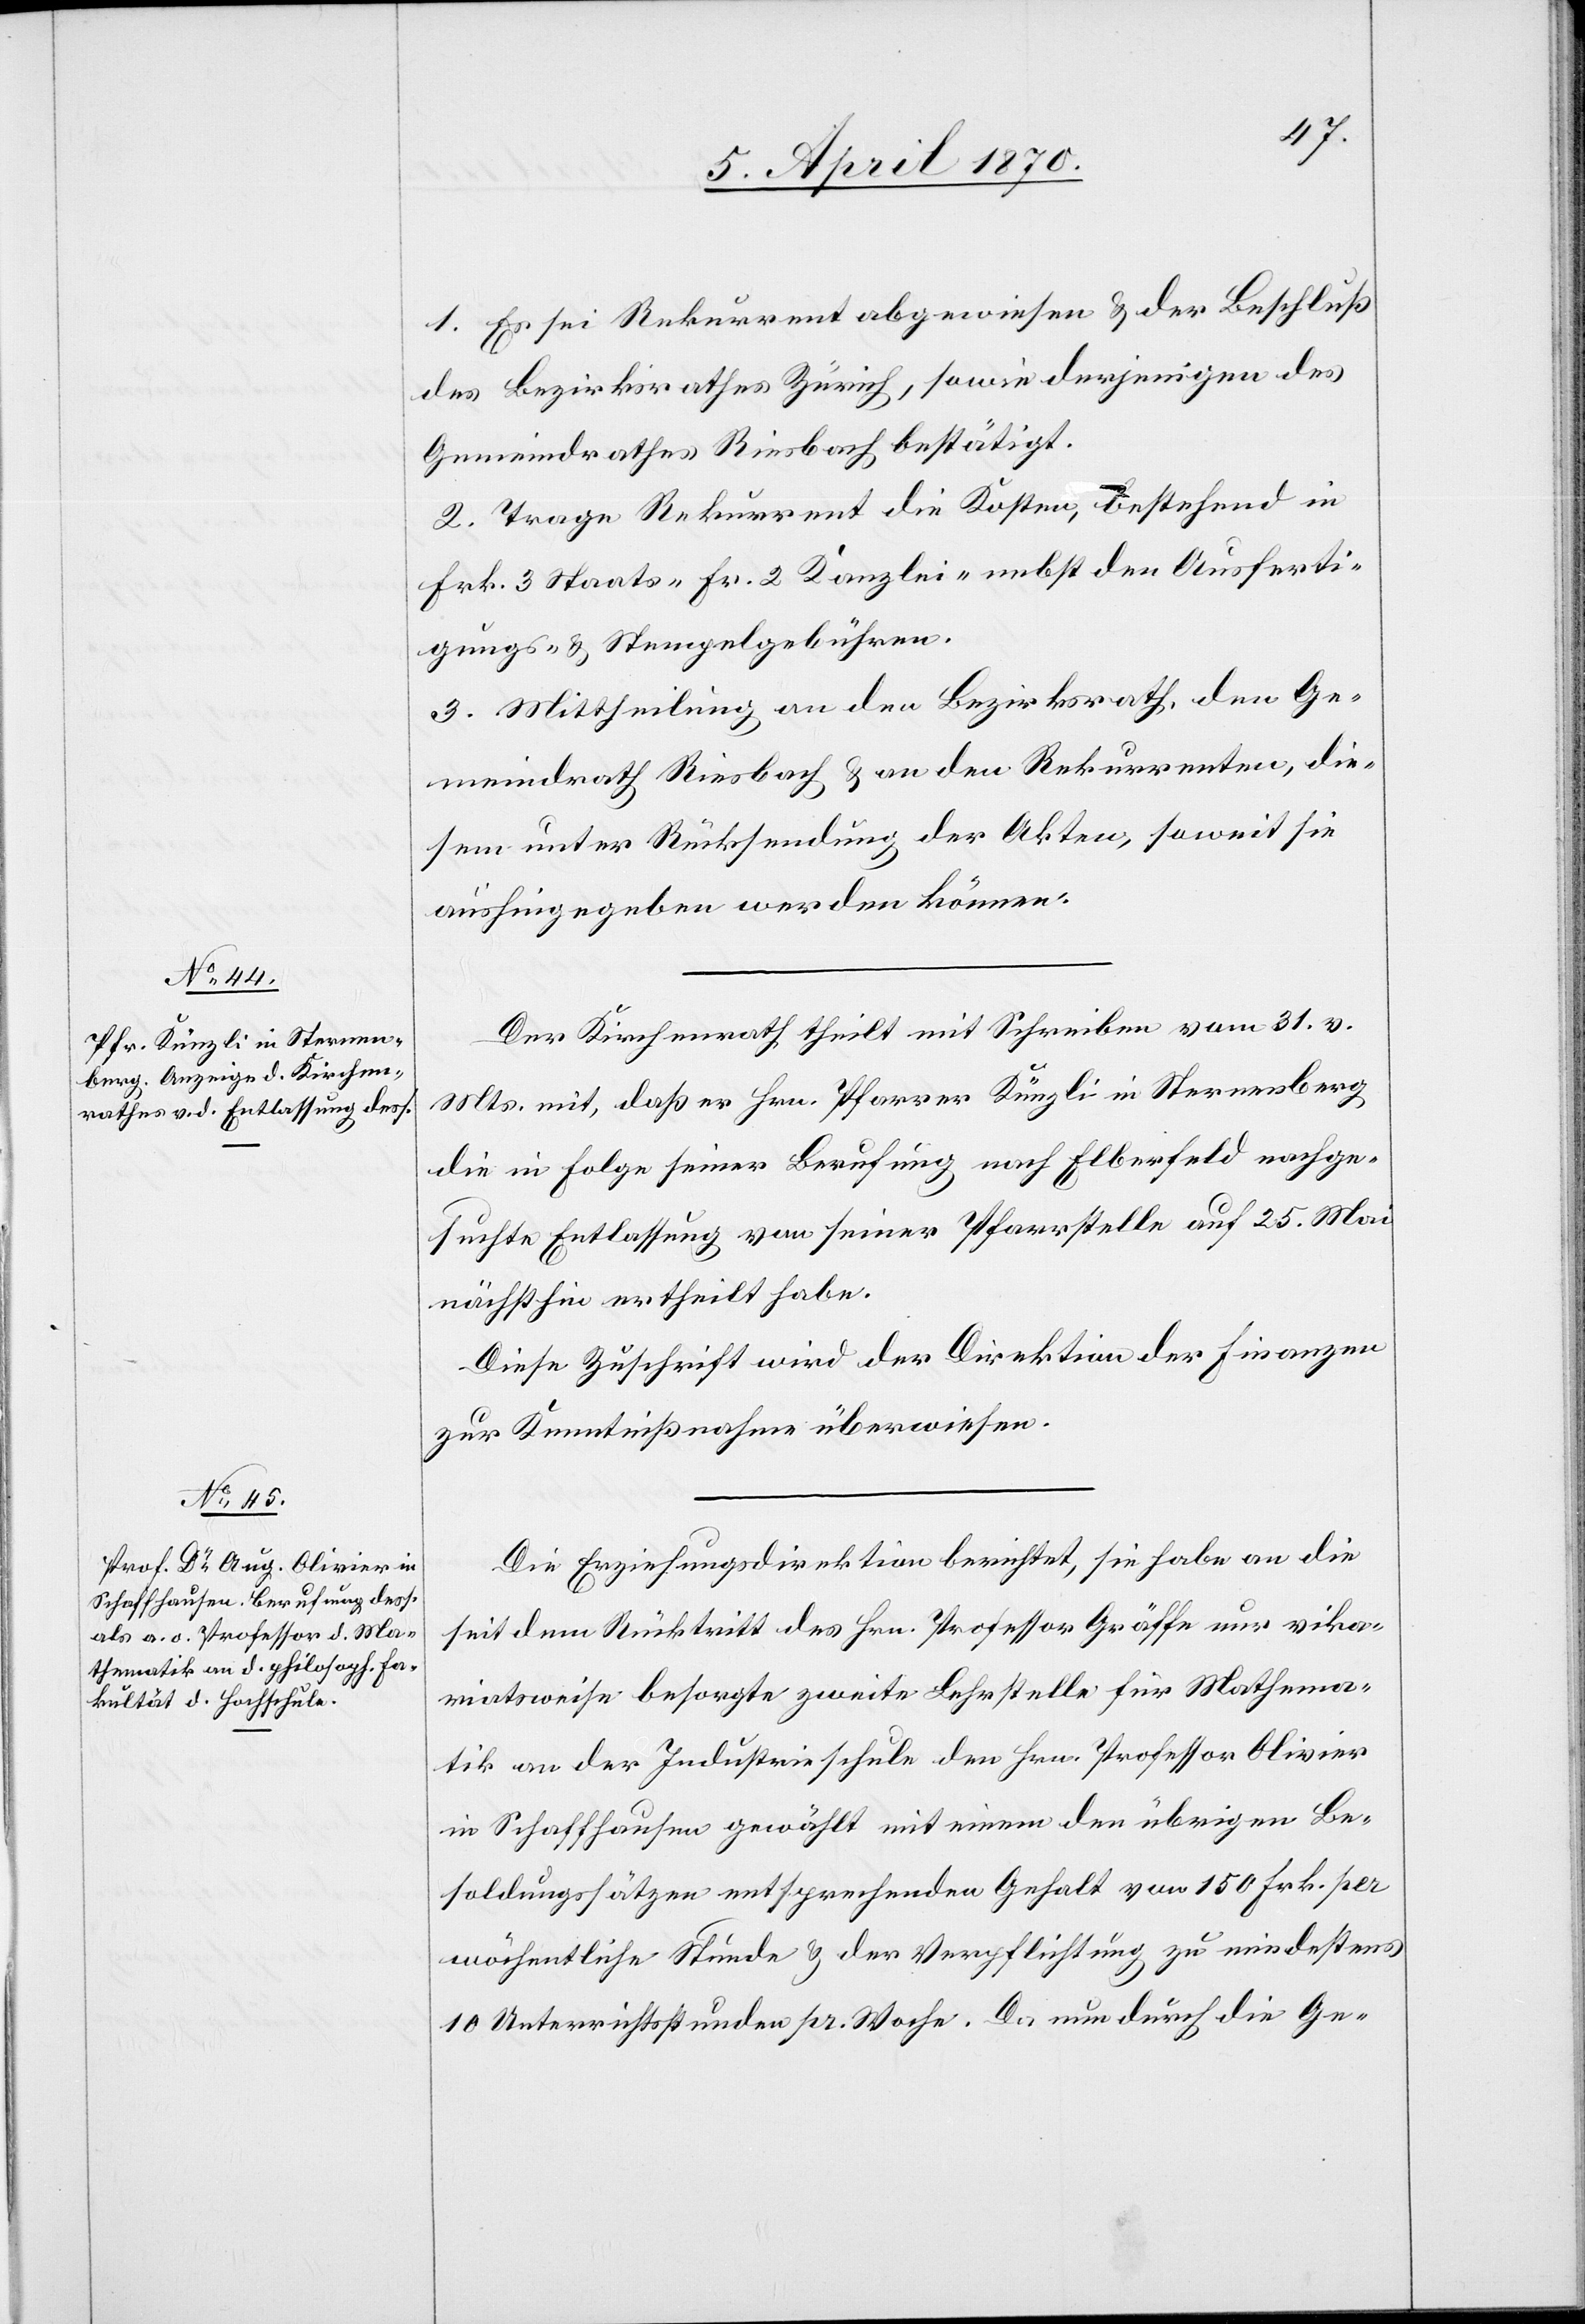
1. Es sei Rekurrent abgewiesen & der Beschluß
des Bezirksrathes Zürich, sowie derjenigen
Gemeindrathes Riesbach bestätigt.
2. Trage Rekurrent die Kosten, bestehend in
Frk. 3 Staats-[,] Fr. 2 Kanzlei- nebst den Ausferti¬
gungs- & Stempelgebühren.
3. Mittheilung an den Bezirksrath, den Ge¬
meindrath Riesbach & an den Rekurrenten, die¬
sem unter Rücksendung der Akten, soweit sie
aushingegeben werden können.
Der Kirchenrath theilt mit Schreiben vom 31. vor.
Mts. mit, daß er Hrn. Pfarrer Künzli in Sternenberg
die in Folge seiner Berufung nach Elberfeld nachge¬
suchte Entlassung von seiner Pfarrstelle auf 25. Mai
nächsthin ertheilt habe.
Diese Zuschrift wird der Direktion der Finanzen
zur Kenntnißnahme überwiesen.
Die Erziehungsdirektion berichtet, sie habe an die
seit dem Rücktritt des Hrn. Professor Gräffe nur vikar¬
iatsweise besorgte zweite Lehrstelle für Mathema¬
tik an der Industrieschule den Hrn. Professor Olivier
in Schaffhausen gewählt mit einem den übrigen Be¬
soldungssätzen entsprechenden Gehalt von 150 Frk. per
wöchentliche Stunde & der Verpflichtung zu mindestens
10 Unterrichtsstunden pr. Woche. Da nun durch die Ge-